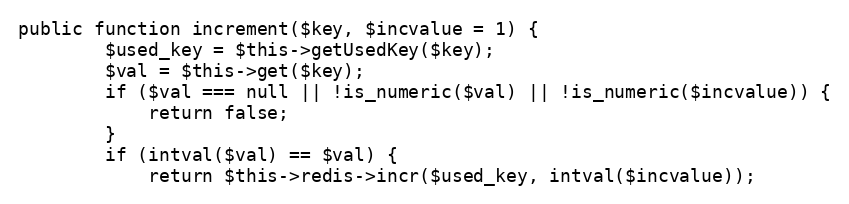
Language: PHP
public function increment($key, $incvalue = 1) {
        $used_key = $this->getUsedKey($key);
        $val = $this->get($key);
        if ($val === null || !is_numeric($val) || !is_numeric($incvalue)) {
            return false;
        }
        if (intval($val) == $val) {
            return $this->redis->incr($used_key, intval($incvalue));